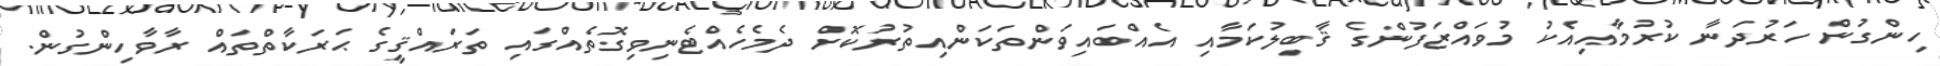
ހިންގުން ހަރުދަނާ ކުރުމާއިއެކު މުވައްޒަފުންގެ ޤާބިލުކަމާއި އެއްބައިވަންތަކަންއިތުރުކޮށް ދެމެހެއްޓެނިވިގޮތެއްގައި ތަރައްޤީގެ ޙަރަކާތްތައް ރާވާހިންގުން.